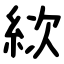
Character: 絘